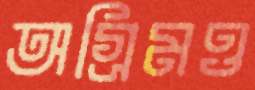
অগ্রিমও